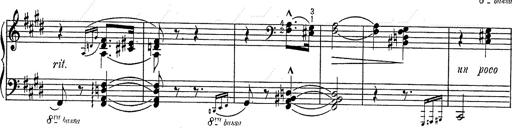
Title: Hungarian Rhapsody No.2
Composer: Franz Liszt
Key: C-sharp minor